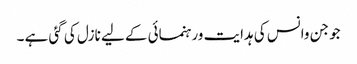
جو جن وانس کی ہدایت ورہنمائی کے لیے نازل کی گئی ہے ۔